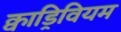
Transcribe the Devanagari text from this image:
क्वाड्रिवियम